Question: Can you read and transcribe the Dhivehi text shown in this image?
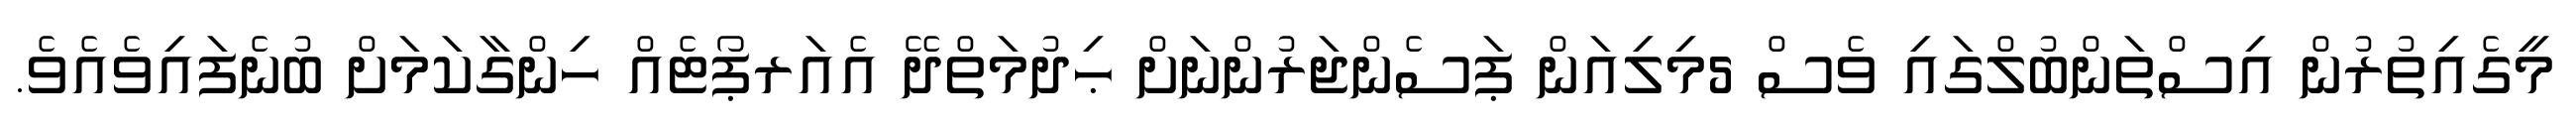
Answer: މީގެއިތުރުން އިސްތަންބުލްގައި ވެސް 5މިލިއަން ޕަސެންޖަރުންނަށް ޙިދުމަތްދޭ އެއަރޕޯޓެއް ހިންގާކަމަށް ބުނެފައިވެއެވެ.